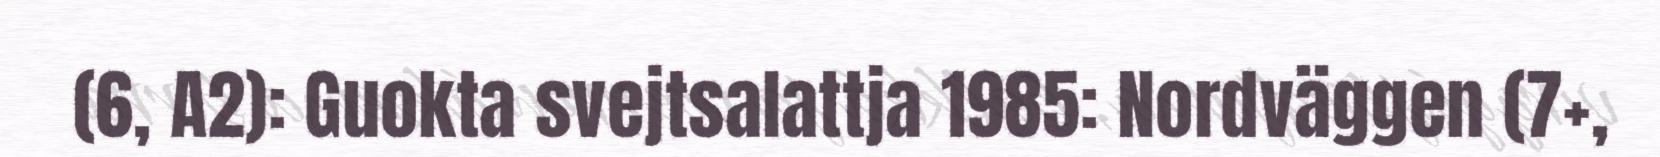
(6, A2): Guokta svejtsalattja 1985: Nordväggen (7+,